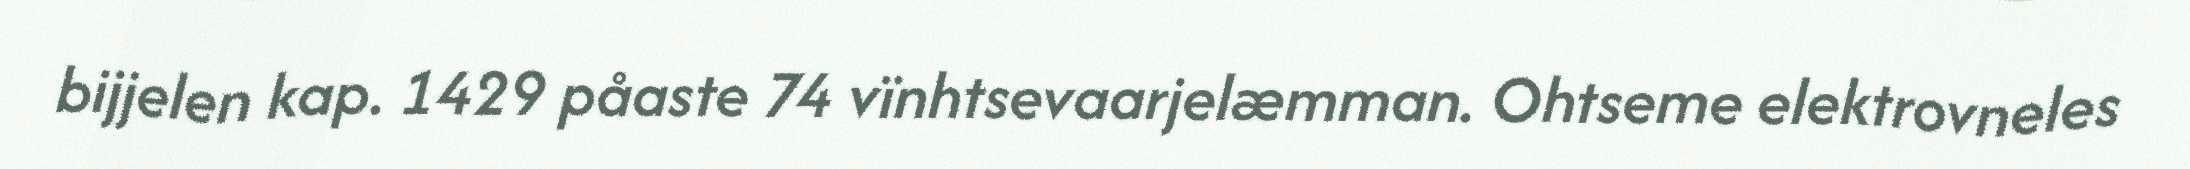
bijjelen kap. 1429 påaste 74 vïnhtsevaarjelæmman. Ohtseme elektrovneles